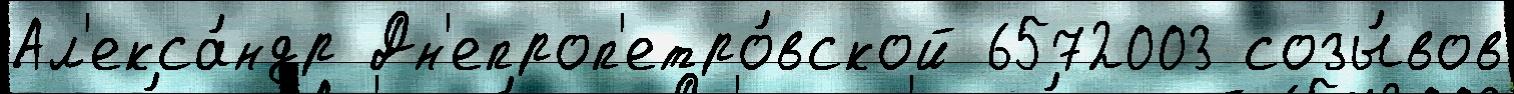
Ал'екса́ндр Дн'епроп'етро́вской 6572003 созы́вов